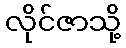
လိုင်ဇာသို့